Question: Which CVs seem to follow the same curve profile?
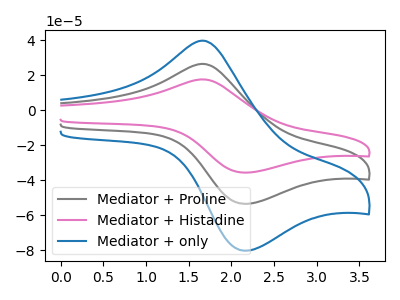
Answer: <think>The gray curve "Mediator + Proline" has an anodic peak at (1.65V, 26.45uA) and a cathodic peak at (2.15V, -53.40uA). The pink curve "Mediator + Histadine" has an anodic peak at (1.65V, 52.90uA) and a cathodic peak at (2.15V, -106.85uA). The blue curve "Mediator + only" has an anodic peak at (1.65V, 39.70uA) and a cathodic peak at (2.15V, -80.15uA).
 All the peaks in "Mediator + Proline" have a peak in "Mediator + Histadine" at the same potential. Every peak in "Mediator + Proline" is lower than every peak in "Mediator + Histadine". All the peaks in "Mediator + Proline" have a peak in "Mediator + only" at the same potential. Every peak in "Mediator + Proline" is lower than every peak in "Mediator + only". All the peaks in "Mediator + Histadine" have a peak in "Mediator + only" at the same potential. Every peak in "Mediator + Histadine" is higher than every peak in "Mediator + only".</think>
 <answer>"Mediator + only", "Mediator + Proline" and "Mediator + Histadine" have the same shape and are likely CV's of the same chemical.</answer>
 <eval>"Mediator + only" "Mediator + Proline" "Mediator + Histadine"</eval>